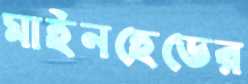
মাইনহেডের